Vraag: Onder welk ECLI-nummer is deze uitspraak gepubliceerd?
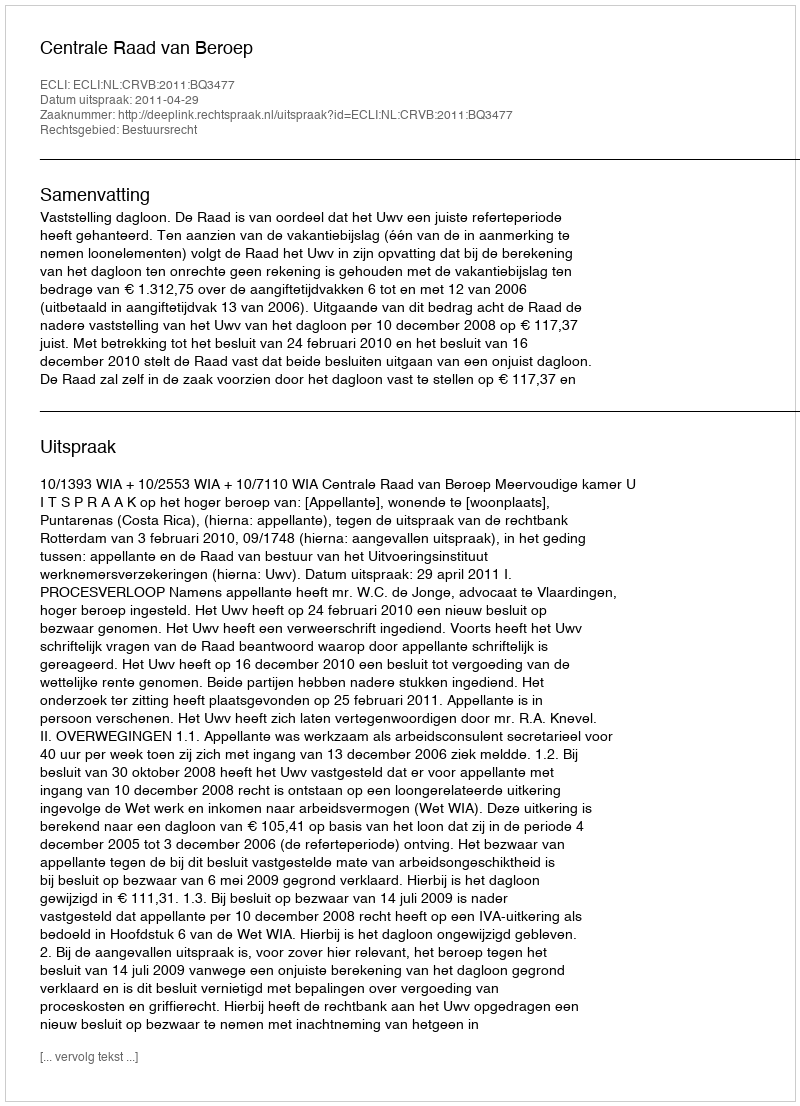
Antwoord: ECLI:NL:CRVB:2011:BQ3477